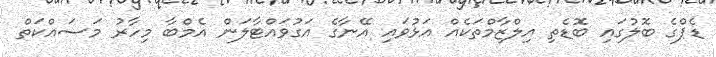
ޑެޕްގެ ބޮލުގައި ބޮޑެތި އިލްޒާމްތަކެއް އަޅުވައި އޭނާގެ އަގުވައްޓާލަން އެމްބާ މިހާރު މަސައްކަތް